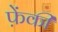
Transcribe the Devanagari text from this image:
फ़ेंकी